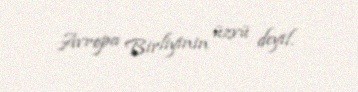
Avropa Birliyinin üzvü deyil.